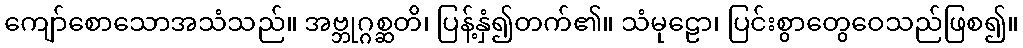
ကျော်စောသောအသံသည်။ အဗ္ဘုဂ္ဂစ္ဆတိ၊ ပြန့်နှံ၍တက်၏။ သံမုဠော၊ ပြင်းစွာတွေဝေသည်ဖြစ၍။